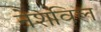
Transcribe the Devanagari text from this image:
नेशविल